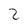
Character: 2